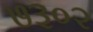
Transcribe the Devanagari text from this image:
७३०२